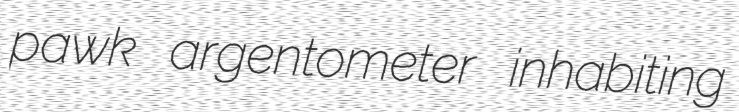
pawk argentometer inhabiting